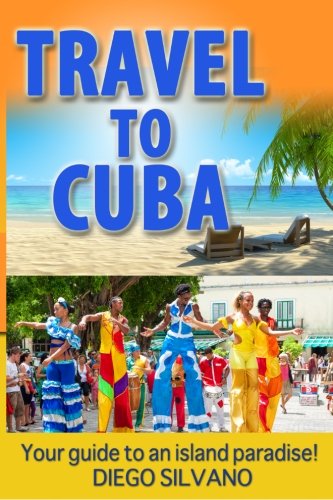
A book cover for Travel To Cuba: Travel guide for a vacation in Cuba; Diego Silvano; Travel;